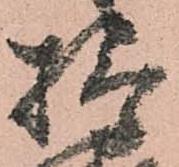
検